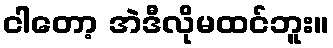
ငါတော့ အဲဒီလိုမထင်ဘူး။